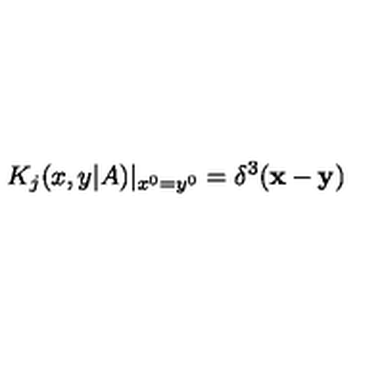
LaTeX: K _ { j } ( x , y | A ) | _ { x ^ { 0 } = y ^ { 0 } } = \delta ^ { 3 } ( { \bf x } - { \bf y } )